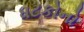
ધટકોનો